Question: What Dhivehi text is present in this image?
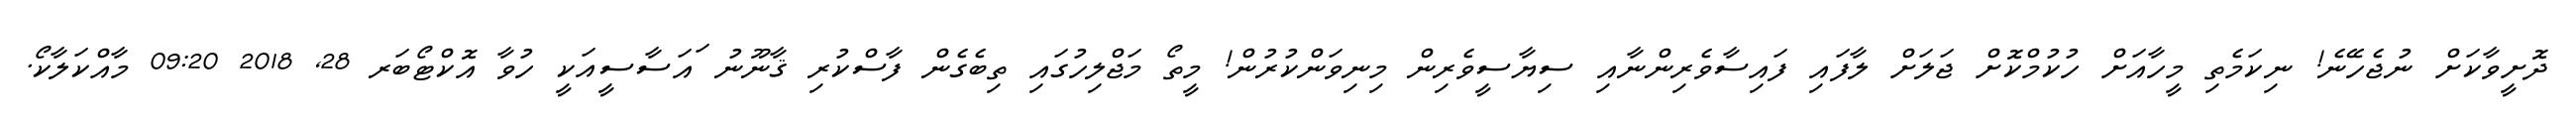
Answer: ދޮށީވާކަށް ނުޖެހޭނެ! ނިކަމެތި މީހާއަށް ހުކުމްކޮށް ޖަލަށް ލާފައި ފައިސާވެރިންނާއި ސިޔާސީވެރިން މިނިވަންކުރުން! މީތޯ މަޖްލިހުގައި ތިބެގެން ފާސްކުރި ޤާނޫނު ައަސާސީއަކީ ހުވާ އޮކްޓޯބަރ 28, 2018 09:20 މާއްކަލާކޯ.